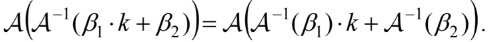
$\mathcal{A}(\mathcal{A}^{-1}(\beta_1\cdot k + \beta_2))=\mathcal{A}(\mathcal{A}^{-1}(\beta_1)\cdot k + \mathcal{A}^{-1}(\beta_2)).$